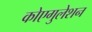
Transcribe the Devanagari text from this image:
कोएगुलेशन